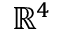
\mathbb { R } ^ { 4 }